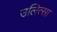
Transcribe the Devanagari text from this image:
उलित्सा